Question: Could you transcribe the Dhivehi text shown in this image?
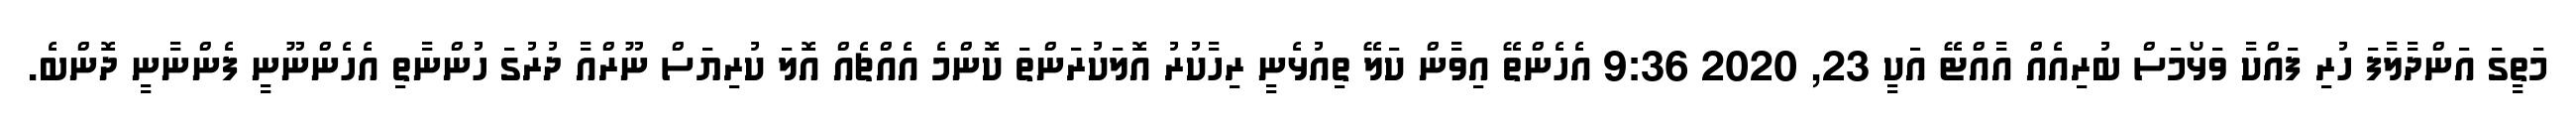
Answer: މަތީގަ އަންދާލާފަ ހުރި ފައްކާ ވަޅޯމަސް ބުރިއެއް އާއްޓޭ އަކީ 23, 2020 9:36 އެހެންތޭ އިވާން ކަލޭ ތިއުޅެނީ ރިހާކުރު އޮލަކުރަންތަ ކޮންމެ އެއްޗެއް އޮލަ ކުރިޔަސް ނޫރްއާ ދުރުގަ ހުންނާތި އެހެންނޫނީ ފެންނާނީ ދޮންބެ.